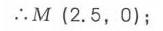
\(\therefore M\ (2.5,0)\);